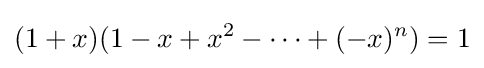
(1+x)(1-x+x^{2}-\dotsb +(-x)^{n})=1